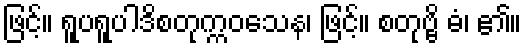
ဖြင့်။ ရူပရူပါဒိစတုက္ကဝသေန၊ ဖြင့်။ စတုဗ္ဗိ ဓံ၊ ၏။